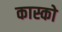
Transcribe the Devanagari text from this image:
कास्को